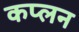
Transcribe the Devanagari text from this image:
कप्लन